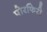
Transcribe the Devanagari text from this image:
पोरफिरी